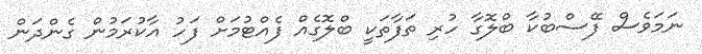
ނަމަވެސް ފޭސްބުކާ ބްލޮގާ ހުރި ތަފާތަކީ ބްލޮގެއް ފެއްޓުމަށް ފަހު އާކުރަމުން ގެންދަން